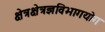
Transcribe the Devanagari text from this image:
क्षेत्रक्षेत्रज्ञविभागयोग